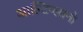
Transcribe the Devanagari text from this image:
आल्टिप्लानो